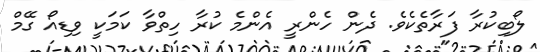
ލޯބިކުރާ ފަރާތެކެވެ. ދެން ހެންރީ އެންމެ ކުރާ ހިތްވާ ކަމަކީ ވިޑިއޯ ގޭމް